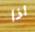
اذا